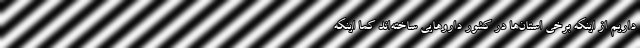
داریم از اینکه برخی استان‌ها در کشور داروهایی ساخته‌اند کما اینکه